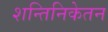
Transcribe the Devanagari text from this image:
शन्तिनिकेतन